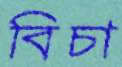
বিচা